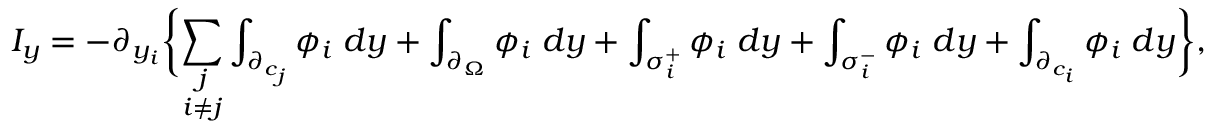
I _ { y } = - \partial _ { y _ { i } } \biggl \{ \underset { i \neq j } { \sum _ { j } } \int _ { \partial _ { c _ { j } } } \phi _ { i } \; d y + \int _ { \partial _ { \Omega } } \phi _ { i } \; d y + \int _ { \sigma _ { i } ^ { + } } \phi _ { i } \; d y + \int _ { \sigma _ { i } ^ { - } } \phi _ { i } \; d y + \int _ { \partial _ { c _ { i } } } \phi _ { i } \; d y \biggl \} ,